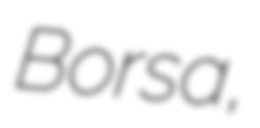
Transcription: Borsa,